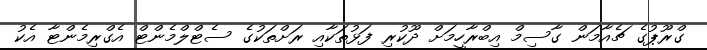
ގްރޫޕުގެ ޗެއާމަން ގާސިމް އިބްރާހީމަށް ދޫކުރި ފަޅުތަކާއި ރަށްތަކުގެ ސެޓްލްމެންޓް އެގްރިމެންޓާ އެކު